NAE_Eesti_seltside_protokollid_1900-1917, lk 9
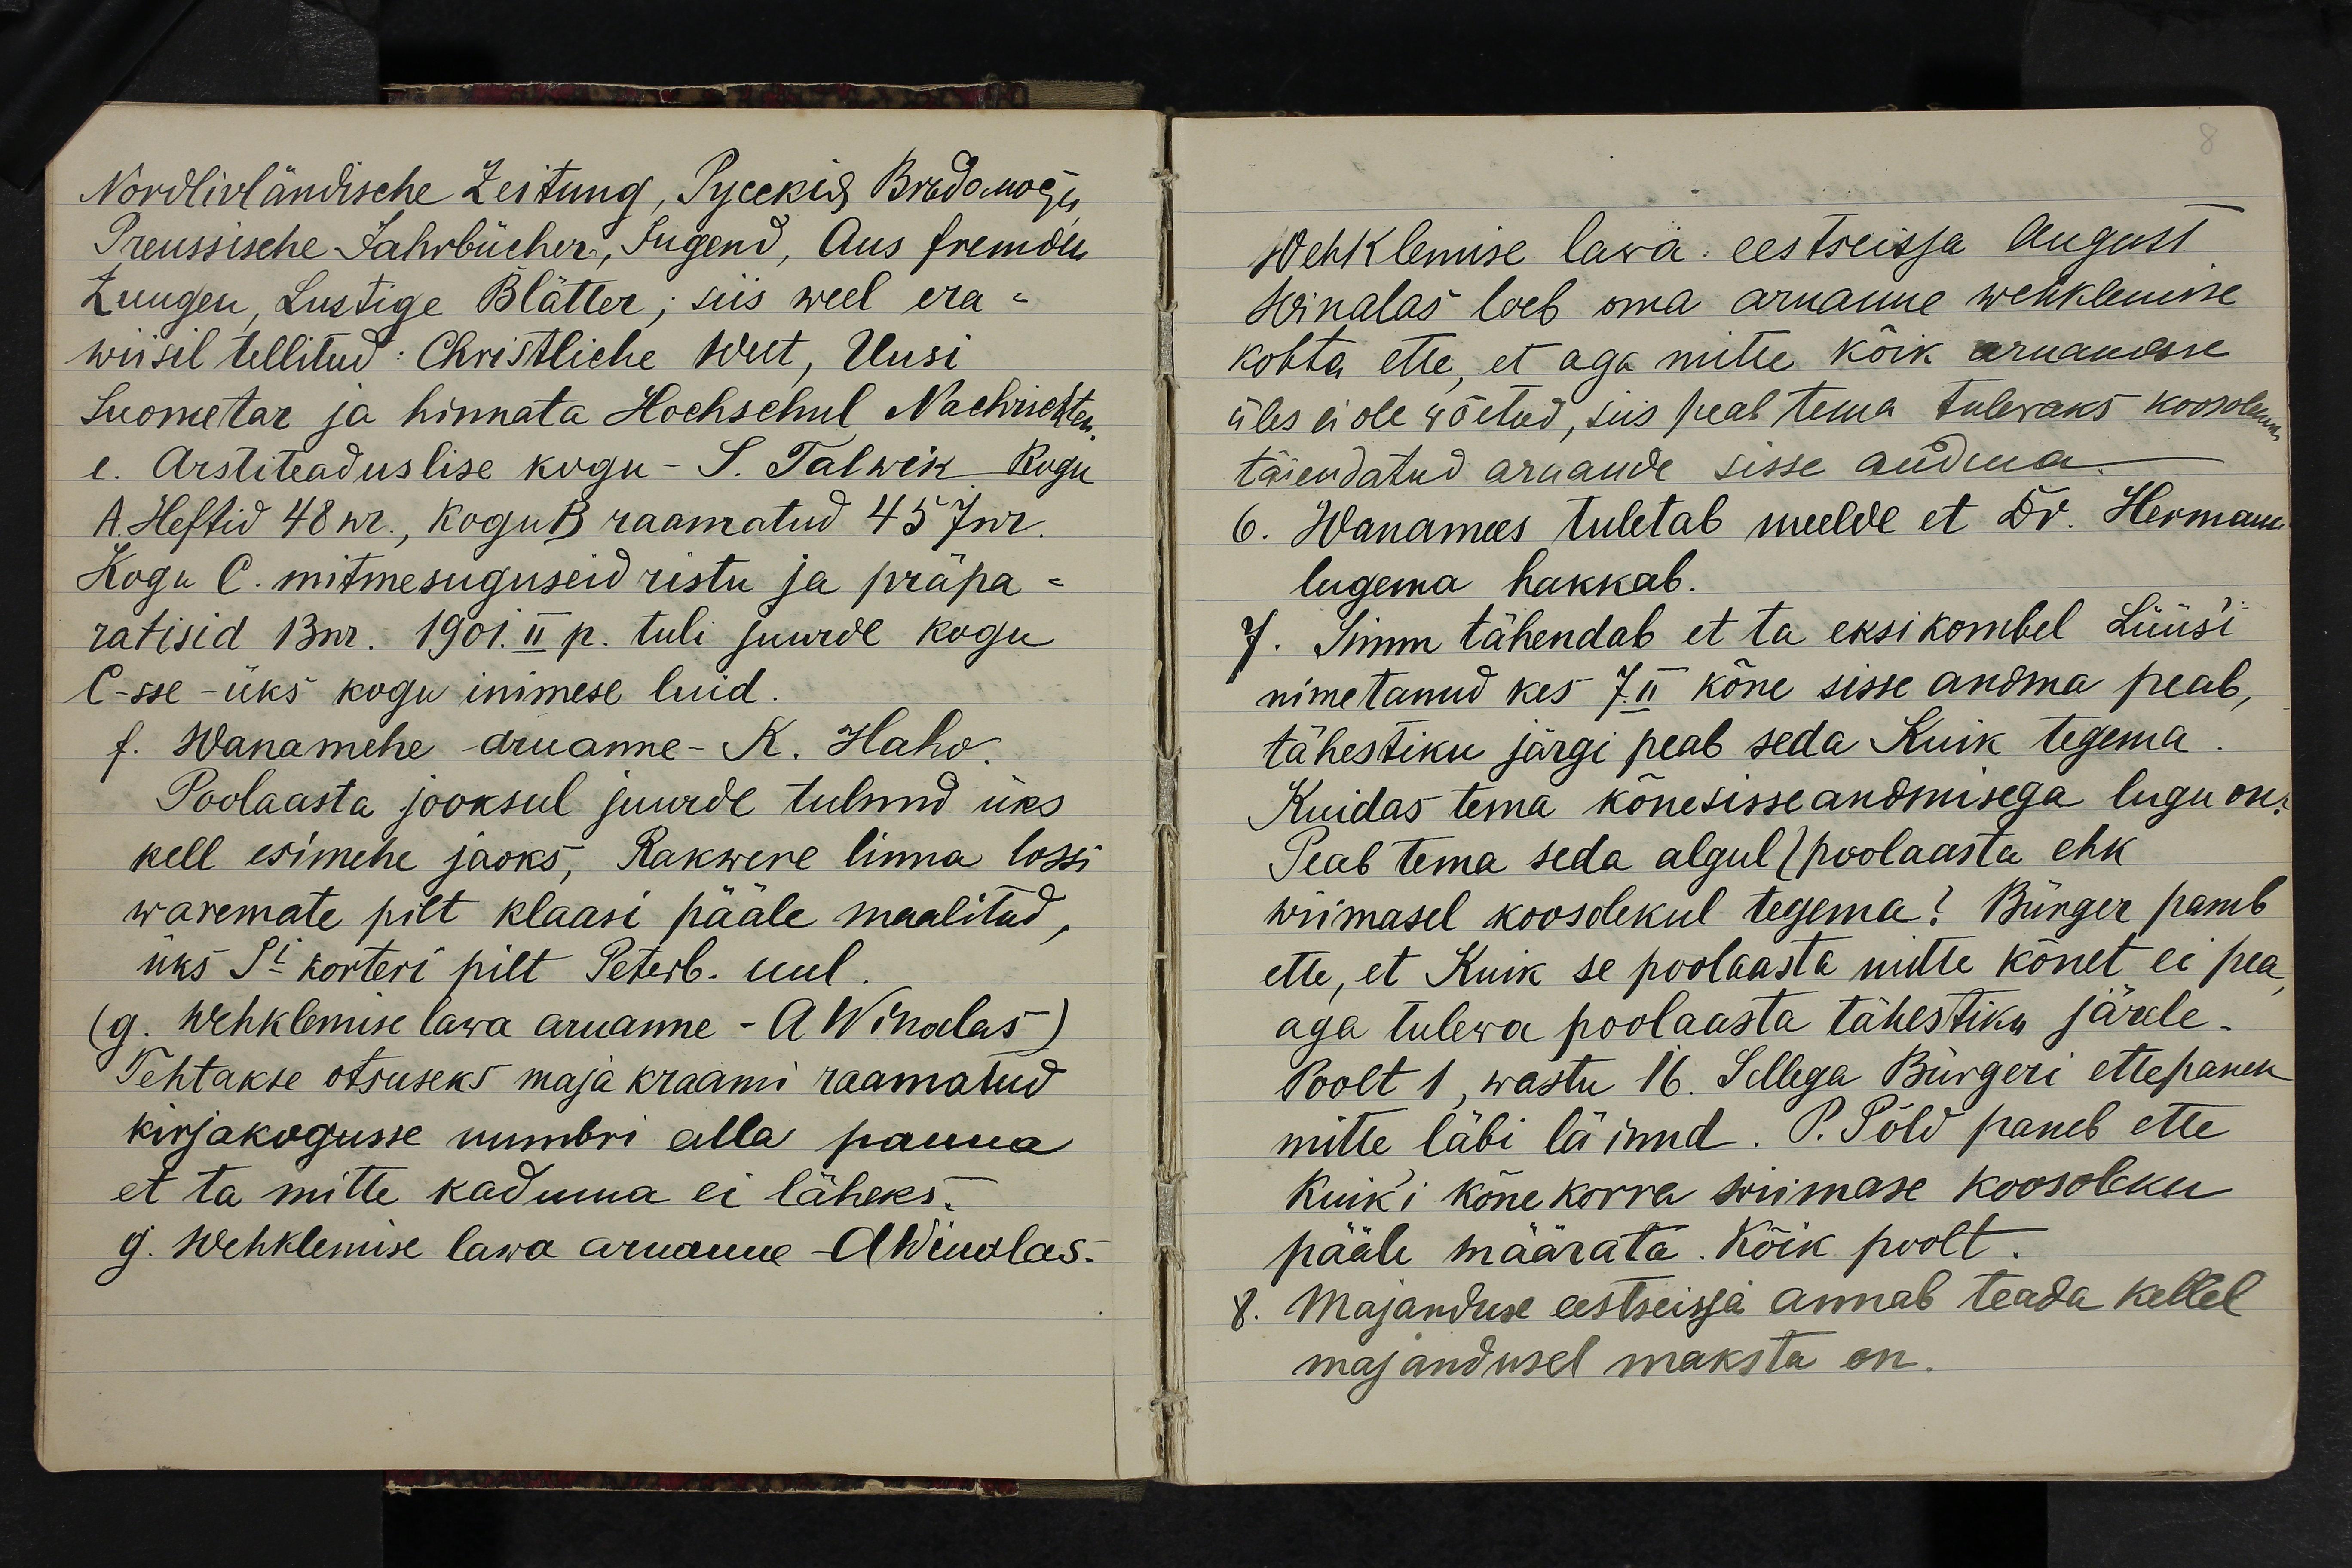
e. Arstiteaduslise kogu- S. Talwik Kogu
A Heftid 48 nr., kogu B raamatud 45 Jnr.
Kogu C. mitmesuguseid ristu ja präpa-
ratisid 13nr. 1901. II p. tuli juurde kogu
C-sse - üks kogu inimese luid.
f. Wanamehe aruanne- K. Haho.
Poolaasta jooksul juurde tulnud üks
kell esimehe jaoks, Rakwere linna lossi
waremate pilt klaasi pääle maalitud,
üks Si korteri pilt Peterb. uul.
(g.. wehklemise lawa aruanne - A Winolas)
Tehtakse otsuseks maja kraami raamatud
kirjakogusse numbri alla panna
et ta mitte kaduma ei läheks.
g. Wehklemise lawa aruanne A Weinolas.

Wehklemise lawa. eestseisja August
Winolas loeb oma aruanne wehklemise
kohta ette, et aga mitte kõik aruandese
üles ei ole võetud, siis peab tema tulevaks koosolekuks
täiendatud aruande sisse andma.
6. Wanamees tuletab meelde et Dr. Hermann
lugema hakkab.
7. Simm tähendab et ta eksikombel Lüüsi
nimetanud kes 7. II kõne sisse andma peab,
tähestiku järgi peab seda Kuik tegema.
Kuidas tema kõnesisseandmisega lugu on.
Peab tema seda algul (poolaasta ehk
wiimasel koosolekul tegema? Bürger paneb
ette, et Kuik se poolaasta mitte kõnet ei pea
aga tulewa poolaasta tähestiku järele.
Poolt 1, wastu 16. Sellega Bürgeri ettepanek
mitte läbi läinud. P. Põld paneb ette
Kuik'i kõnekorra wiimase koosoleku
pääle määrata. Kõik poolt.
8. Majanduse eestseisja annab teada kellel
majandusel maksta on.